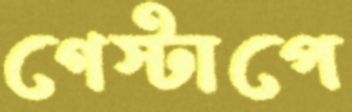
গেস্টাপে